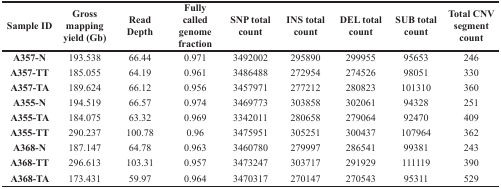
<table><thead><tr><td><b>Sample ID</b></td><td><b>Gross mapping yield (Gb)</b></td><td><b>Read Depth</b></td><td><b>Fully called genome fraction</b></td><td><b>SNP total count</b></td><td><b>INS total count</b></td><td><b>DEL total count</b></td><td><b>SUB total count</b></td><td><b>Total CNV segment count</b></td></tr></thead><tbody><tr><td><b>A357-N</b></td><td>193.538</td><td>66.44</td><td>0.971</td><td>3492002</td><td>295890</td><td>299955</td><td>95653</td><td>246</td></tr><tr><td><b>A357-TT</b></td><td>185.055</td><td>64.19</td><td>0.961</td><td>3486488</td><td>272954</td><td>274526</td><td>98051</td><td>330</td></tr><tr><td><b>A357-TA</b></td><td>189.624</td><td>66.12</td><td>0.956</td><td>3457971</td><td>277212</td><td>280823</td><td>101310</td><td>360</td></tr><tr><td><b>A355-N</b></td><td>194.519</td><td>66.57</td><td>0.974</td><td>3469773</td><td>303858</td><td>302061</td><td>94328</td><td>251</td></tr><tr><td><b>A355-TA</b></td><td>184.075</td><td>63.32</td><td>0.969</td><td>3342011</td><td>280658</td><td>279064</td><td>92470</td><td>409</td></tr><tr><td><b>A355-TT</b></td><td>290.237</td><td>100.78</td><td>0.96</td><td>3475951</td><td>305251</td><td>300437</td><td>107964</td><td>362</td></tr><tr><td><b>A368-N</b></td><td>187.147</td><td>64.78</td><td>0.963</td><td>3460780</td><td>279997</td><td>286541</td><td>99381</td><td>243</td></tr><tr><td><b>A368-TT</b></td><td>296.613</td><td>103.31</td><td>0.957</td><td>3473247</td><td>303717</td><td>291929</td><td>111119</td><td>390</td></tr><tr><td><b>A368-TA</b></td><td>173.431</td><td>59.97</td><td>0.964</td><td>3470317</td><td>270147</td><td>270543</td><td>95311</td><td>529</td></tr></tbody></table>